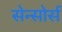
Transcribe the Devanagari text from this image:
सेन्सोर्स